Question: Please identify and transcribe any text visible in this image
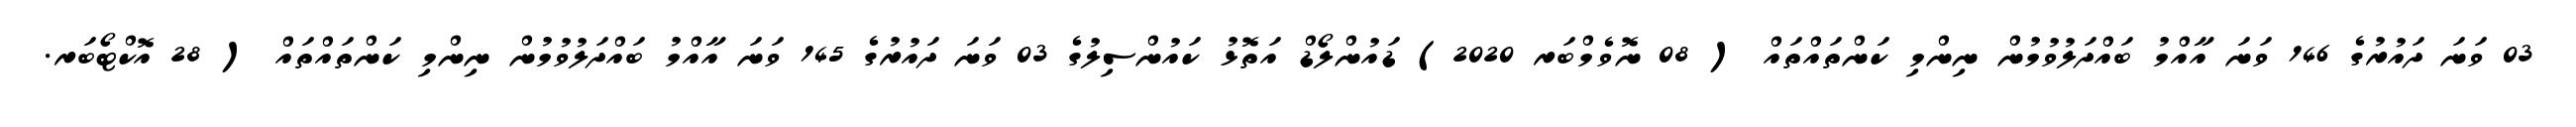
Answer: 03 ވަނަ ދައުރުގެ 146 ވަނަ އާއްމު ބައްދަލުވުމުން ނިންމި ކަންތައްތައް ( 08 ނޮވެމްބަރ 2020) ޑައުންލޯޑް އަތޮޅު ކައުންސިލުގެ 03 ވަނަ ދައުރުގެ 145 ވަނަ އާއްމު ބައްދަލުވުމުން ނިންމި ކަންތައްތައް ( 28 އޮކްޓޯބަރ.